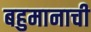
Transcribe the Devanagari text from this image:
बहुमानाची